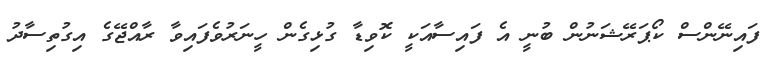
ފައިނޭންސް ކޯޕަރޭޝަނުން ބުނީ އެ ފައިސާއަކީ ކޮވިޑާ ގުޅިގެން ހީނަރުވެފައިވާ ރާއްޖޭގެ އިގުތިސާދު